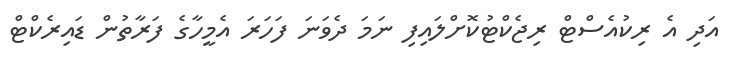
އަދި އެ ރިކުއެސްޓް ރިޖެކްޓުކޮށްލައިފި ނަމަ ދެވަނަ ފަހަރަ އެމީހާގެ ފަރާތުން ޑައިރެކްޓް